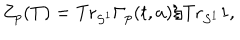
Z _ { p } ( T ) = \mathrm { T r } _ { S ^ { 1 } } \Gamma _ { p } ( t , a ) / \mathrm { T r } _ { S ^ { 1 } } 1 ,